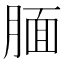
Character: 腼